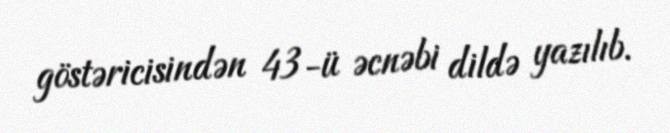
göstəricisindən 43-ü əcnəbi dildə yazılıb.